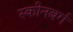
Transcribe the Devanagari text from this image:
स्कीनबर्ग